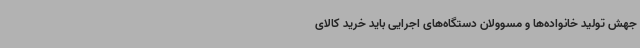
جهش تولید خانواده‌ها و مسوولان دستگاه‌های اجرایی باید خرید کالای